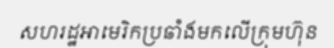
សហរដ្ឋអាមេរិកប្រឆាំងមកលើក្រុមហ៊ុន